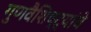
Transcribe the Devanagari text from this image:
गुणवैशिष्ट्यांचे